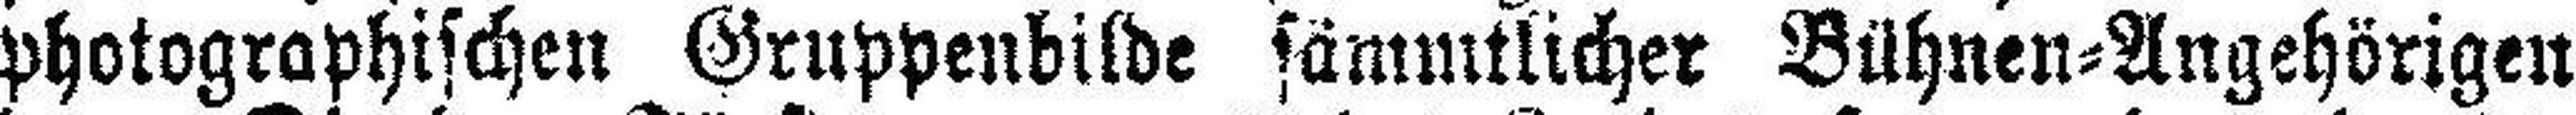
photographischen Gruppenbilde sämmtlicher Bühnen=Angehörigen